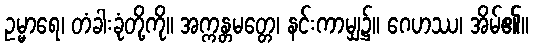
ဥမ္မာရေ၊ တံခါးခုံတို့ကို။ အက္ကန္တမတ္တေ၊ နင်းကာမျှ၌။ ဂေဟဿ၊ အိမ်၏။